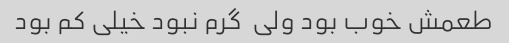
طعمش خوب بود ولی  گرم نبود خیلی کم بود